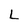
Character: L